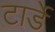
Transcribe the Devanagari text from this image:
टार्डे